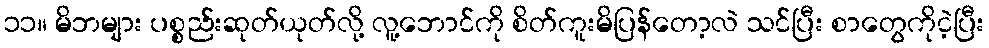
၁၁။ မိဘများ ပစ္စည်းဆုတ်ယုတ်လို့ လူ့ဘောင်ကို စိတ်ကူးမိပြန်တော့လဲ သင်ပြီး စာတွေကိုငဲ့ပြီး